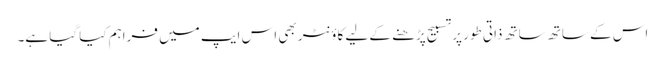
اس کے ساتھ ساتھ ذاتی طور پر تسبیح پڑھنے کے لیے کاؤنٹر بھی اس ایپ میں فراہم کیا گیا ہے۔